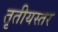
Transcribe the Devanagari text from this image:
तृतीयस्तर